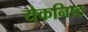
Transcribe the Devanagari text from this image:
येकनिष्ठ